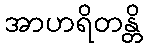
အာဟရိတန္တိ